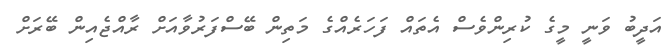
އަދީބު ވަނީ މީގެ ކުރިންވެސް އެތައް ފަހަރެއްގެ މަތިން ބޭސްފަރުވާއަށް ރާއްޖެއިން ބޭރަށް